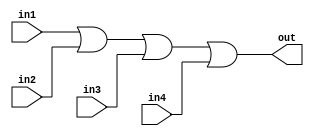
module or_gate(
    input wire in1,
    input wire in2,
    input wire in3,
    input wire in4,
    output reg out
);

always @(*) begin
    out = in1 | in2 | in3 | in4;
end

endmodule